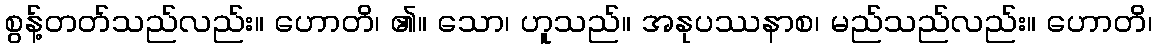
စွန့်တတ်သည်လည်း။ ဟောတိ၊ ၏။ သော၊ ဟူသည်။ အနုပဿနာစ၊ မည်သည်လည်း။ ဟောတိ၊